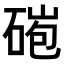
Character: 𥓤